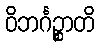
ဝိဘင်္ဂဉ္စာတိ